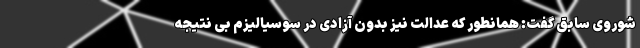
شوروی سابق گفت: همانطور که عدالت نیز بدون آزادی در سوسیالیزم بی نتیجه